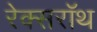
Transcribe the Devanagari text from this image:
रेक्सरॉथ